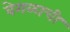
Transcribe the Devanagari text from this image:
वेगळाची